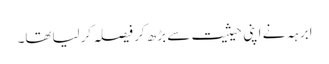
ابرہہ نے اپنی حیثیت سے بڑھ کر فیصلہ کرلیاتھا۔